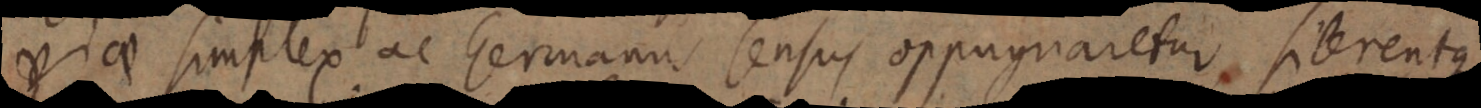
viae simplex ac Germanus sensus oppugnaretur silerentque